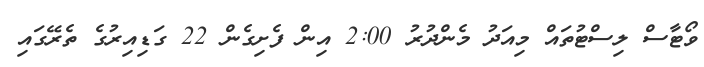
ވޯޓާސް ލިސްޓުތައް މިއަދު މެންދުރު 2:00 އިން ފެށިގެން 22 ގަޑިއިރުގެ ތެރޭގައި